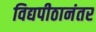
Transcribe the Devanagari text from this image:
विद्यपीठानंतर